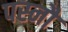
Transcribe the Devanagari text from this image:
पस्नौ